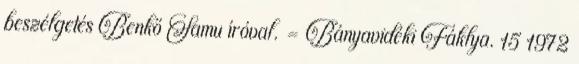
beszélgetés Benkő Samu íróval. = Bányavidéki Fáklya. 15 1972